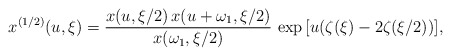
\begin{align*}x^{(1/2)}(u,\xi) = {x(u,\xi/2)\,x(u+\omega_{1},\xi/2)\over x(\omega_{1},\xi/2)}\,\exp{[u(\zeta(\xi)-2\zeta(\xi/2))]},\end{align*}